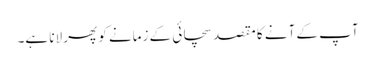
آپ کے آنے کا مقصد سچائی کے زمانے کو پھر لانا ہے۔